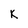
Character: K